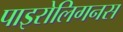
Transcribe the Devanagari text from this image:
पाइरोलिगनस